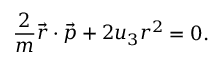
{ \frac { 2 } { m } } { \vec { r } } \cdot { \vec { p } } + 2 u _ { 3 } r ^ { 2 } = 0 .